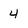
Character: 4